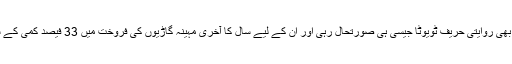
ہونڈا کے ساتھ بھی روایتی حریف ٹویوٹا جیسی ہی صورتحال رہی اور ان کے لیے سال کا آخری مہینہ گاڑیوں کی فروخت میں 33 فیصد کمی کے ساتھ مکمل ہوا۔